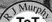
R I Murph